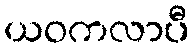
ယဝကလာပီ